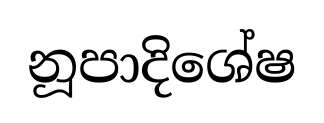
නූපාදිශේෂ